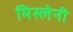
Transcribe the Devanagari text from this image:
मिस्लेनी